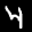
Label: 4